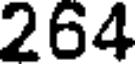
264